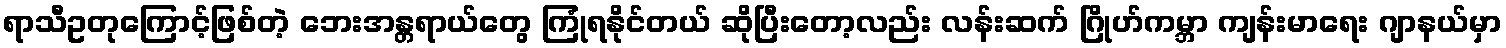
ရာသီဥတုကြောင့်ဖြစ်တဲ့ ဘေးအန္တရာယ်တွေ ကြုံရနိုင်တယ် ဆိုပြီးတော့လည်း လန်းဆက် ဂြိုဟ်ကမ္ဘာ ကျန်းမာရေး ဂျာနယ်မှာ